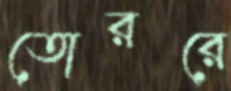
তোররে